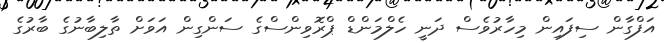
އަފްގާން ސިފައިން މިހާރުވެސް ދަނީ ހެލްމަންޑް ޕްރޮވިންސްގެ ސަންގިން އަވަށް ތާލިބާނުގެ ބާރުގެ